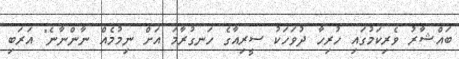
ބައްޝާރު ވެރިކަމުގައި ހުރިހާ ދުވަހަކު ސީރިއާގެ ހަނގުރާމަ އަށް ނިމުމެއް ނާންނާނެ" އަރަބި